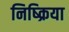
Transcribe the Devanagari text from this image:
निष्‍क्रिया